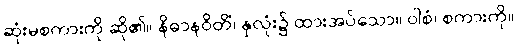
ဆုံးမစကားကို ဆို၏။ နိဓာနဝိတိံ၊ နှလုံး၌ ထားအပ်သော။ ဝါစံ၊ စကားကို။